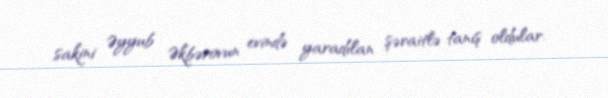
sakini Əyyub Əkbərovun evində yaradılan şəraitlə tanış oldular.